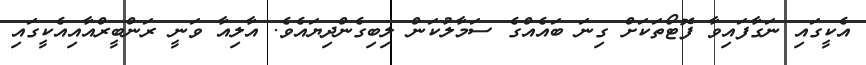
އެކީގައި ނަގާފައިވާ ފޮޓޯތަކަށް ގިނަ ބައެއްގެ ސަމާލުކަން ލިބިގެންދިޔައެވެ. އާލިއާ ވަނީ ރަންބީރްއާއިއެކީގައި